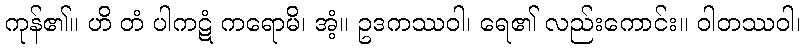
ကုန်၏။ ဟိ တံ ပါကဋံ ကရောမိ၊ အံ့။ ဥဒကဿဝါ၊ ရေ၏ လည်းကောင်း။ ဝါတဿဝါ၊